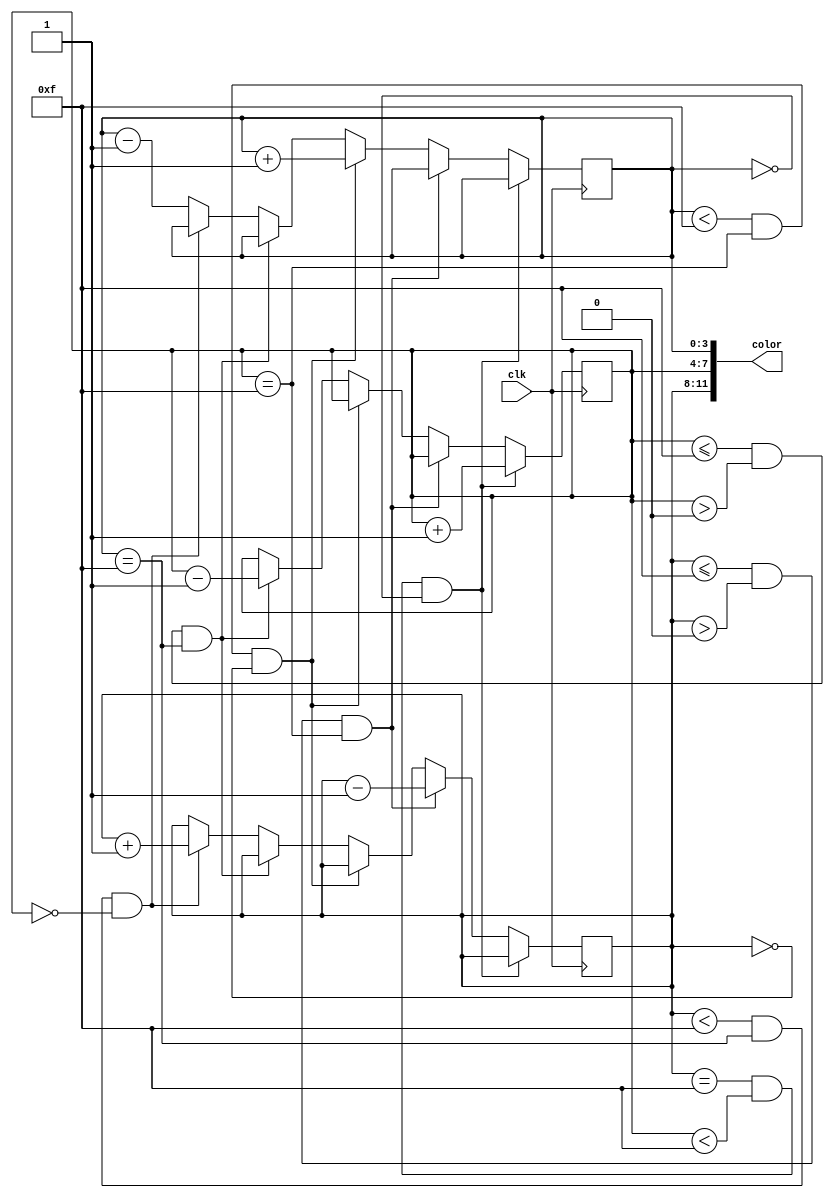
`timescale 1ns / 1ps
//////////////////////////////////////////////////////////////////////////////////
// Company: 
// Engineer: 
// 
// Design Name: 
// Module Name: Rainbow_Generate
// Project Name: 
// Target Devices: 
// Tool Versions: 
// Description: 
// 
// Dependencies: 
// 
// Revision:
// Revision 0.01 - File Created
// Additional Comments:
// 
//////////////////////////////////////////////////////////////////////////////////


module Rainbow_Generate(
    input clk,
    
    output [11:0] color
    );
    
    reg [3:0] red;
    reg [3:0] green;
    reg [3:0] blue;
    
    initial begin
    red = 15;
    green = 0;
    blue = 0;
    end
    
    always @(posedge clk)
    begin
    if (red == 15 && green < 15 && blue == 0)
        green <= green + 1;
    else if (red <= 15 && red > 0 && green == 15)
        red <= red - 1;
    else if (blue < 15 && green == 15 && red == 0)
        blue <= blue + 1;
    else if (green <= 15 && green > 0 && blue == 15)
        green <= green - 1;
    else if (red < 15 && blue == 15 && green == 0)
        red <= red + 1;
    else 
        blue <= blue - 1;
    end
    
    assign color[11:8] = red;
    assign color[7:4] = green;
    assign color[3:0] = blue;
    
endmodule